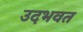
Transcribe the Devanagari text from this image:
उदभवत